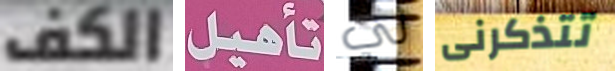
الكف تأهيل لي تتذكرنى